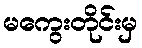
မကွေးတိုင်းမှ